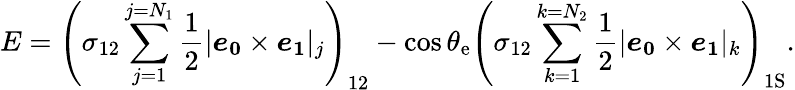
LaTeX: E=\left(\sigma_{12}\sum_{j=1}^{j={N_{1}}}\frac{1}{2}|\boldsymbol{e_{0}}\times\boldsymbol{e_{1}}|_{j}\right)_{12}-\cos\theta_{\mathrm{{e}}}\left(\sigma_{12}\sum_{k=1}^{{k=N_{2}}}\frac{1}{2}|\boldsymbol{e_{0}}\times\boldsymbol{e_{1}}|_{k}\right)_{1\mathrm{{S}}}.